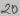
Text: 20